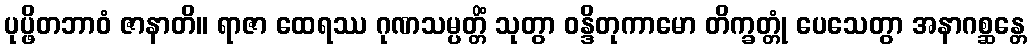
ပုပ္ဖိတဘာဝံ ဇာနာတိ။ ရာဇာ ထေရဿ ဂုဏသမ္ပတ္တိံ သုတွာ ဝန္ဒိတုကာမော တိက္ခတ္တုံ ပေသေတွာ အနာဂစ္ဆန္တေ